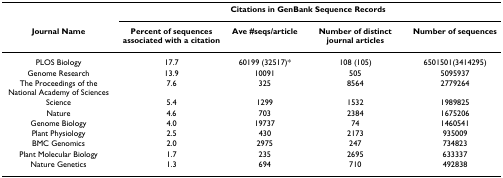
<table><thead><tr><td></td><td colspan="4"><b>Citations in GenBank Sequence Records</b></td></tr><tr><td><b>Journal Name</b></td><td><b>Percent of sequences associated with a citation</b></td><td><b>Ave #seqs/article</b></td><td><b>Number of distinct journal articles</b></td><td><b>Number of sequences</b></td></tr></thead><tbody><tr><td>PLOS Biology</td><td>17.7</td><td>60199 (32517)*</td><td>108 (105)</td><td>6501501(3414295)</td></tr><tr><td>Genome Research</td><td>13.9</td><td>10091</td><td>505</td><td>5095937</td></tr><tr><td>The Proceedings of the National Academy of Sciences</td><td>7.6</td><td>325</td><td>8564</td><td>2779264</td></tr><tr><td>Science</td><td>5.4</td><td>1299</td><td>1532</td><td>1989825</td></tr><tr><td>Nature</td><td>4.6</td><td>703</td><td>2384</td><td>1675206</td></tr><tr><td>Genome Biology</td><td>4.0</td><td>19737</td><td>74</td><td>1460541</td></tr><tr><td>Plant Physiology</td><td>2.5</td><td>430</td><td>2173</td><td>935009</td></tr><tr><td>BMC Genomics</td><td>2.0</td><td>2975</td><td>247</td><td>734823</td></tr><tr><td>Plant Molecular Biology</td><td>1.7</td><td>235</td><td>2695</td><td>633337</td></tr><tr><td>Nature Genetics</td><td>1.3</td><td>694</td><td>710</td><td>492838</td></tr></tbody></table>